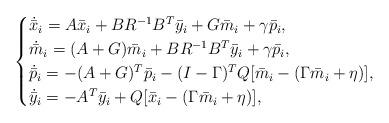
LaTeX: \begin{align*} \begin{cases}\dot{\bar x}_i = A\bar x_i +BR^{-1}B^T\bar y_i +G \bar m_i+\gamma \bar p_i,\\ \dot{\bar m}_i = (A + G)\bar m_i +BR^{-1} B^T \bar y_i +\gamma \bar p_i,\\ \dot{ \bar p}_i = -(A+G)^T \bar p_i -(I-\Gamma)^T Q [\bar m_i- (\Gamma \bar m_i+\eta)] ,\\\dot{\bar y}_i=-A^T \bar y_i +Q[\bar x_i-(\Gamma \bar m_i+\eta)] ,\end{cases}\end{align*}